Civil Veterinary Dept. Bombay admin report 1893-99 - 1893-1899
Year: 1893
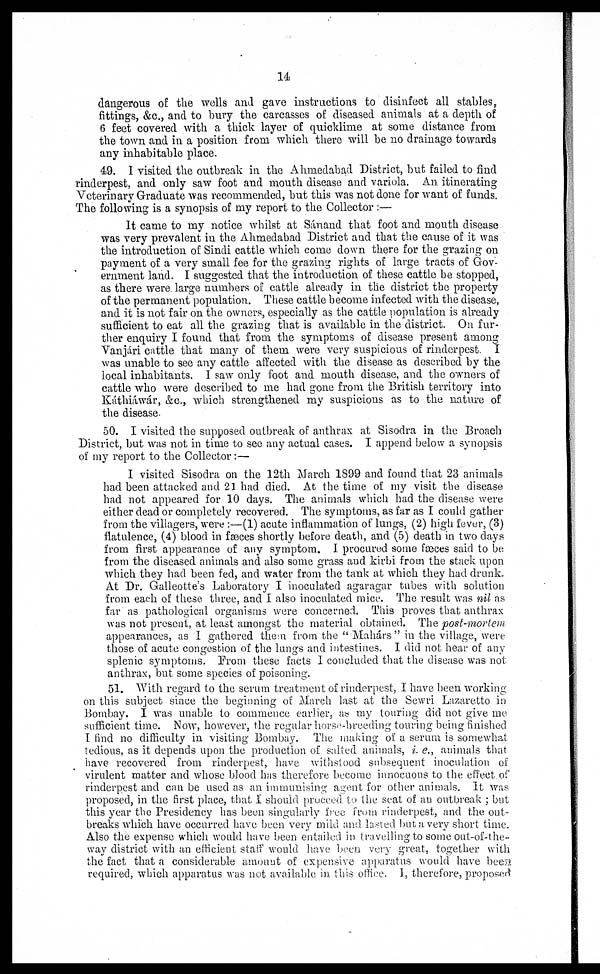
14
dangerous of the wells and gave instructions to disinfect all stables,
fittings, &c., and to bury the carcasses of diseased animals at a depth of
6 feet covered with a thick layer of quicklime at some distance from
the town and in a position from which there will be no drainage towards
any inhabitable place.
49. I visited the outbreak in the Ahmedabad District, but failed to find
rinderpest, and only saw foot and mouth disease and variola. An itinerating
Veterinary Graduate was recommended, but this was not done for want of funds.
The following is a synopsis of my report to the Collector :—
It came to my notice whilst at Sánand that foot and mouth disease
was very prevalent in the Ahmedabad District and that the cause of it was
the introduction of Sindi cattle which come down there for the grazing on
payment of a very small fee for the grazing rights of large tracts of Gov-
ernment land. I suggested that the introduction of these cattle be stopped,
as there were large numbers of cattle already in the district the property
of the permanent population. These cattle become infected with the disease,
and it is not fair on the owners, especially as the cattle population is already
sufficient to eat all the grazing that is available in the district. On fur-
ther enquiry I found that from the symptoms of disease present among
Vanjári cattle that many of them were very suspicious of rinderpest. I
was unable to see any cattle affected with the disease as described by the
local inhabitants. I saw only foot and mouth disease, and the owners of
cattle who were described to me had gone from the British territory into
Káthiáwár, &c., which strengthened my suspicious as to the nature of
the disease.
50. I visited the supposed outbreak of anthrax at Sisodra in the Broach
District, but was not in time to see any actual cases. I append below a synopsis
of my report to the Collector:—
I visited Sisodra on the 12th March 1899 and found that 23 animals
had been attacked and 21 had died. At the time of my visit the disease
had not appeared for 10 days. The animals which had the disease were
either dead or completely recovered. The symptoms, as far as I could gather
from the villagers, were :—(1) acute inflammation of lungs, (2) high fever, (3)
flatulence, (4) blood in fæces shortly before death, and (5) death in two days
from first appearance of any symptom. I procured some fæces said to be
from the diseased animals and also some grass and kirbi from the stack upon
which they had been fed, and water from the tank at which they had drunk.
At Dr. Galleotte's Laboratory I inoculated agaragar tubes with solution
from each of these three, and I also inoculated mice. The result was nil as
far as pathological organisms were concerned. This proves that anthrax
was not present, at least amongst the material obtained. The post-mortem
appearances, as I gathered them from the "Mahárs" in the village, were
those of acute congestion of the lungs and intestines. I did not hear of any
splenic symptoms. From these facts I concluded that the disease was not
anthrax, but some species of poisoning.
51. With regard to the serum treatment of rinderpest, I have been working
on this subject since the beginning of March last at the Sewri Lazaretto in
Bombay. I was unable to commence earlier, as my touring did not give me
sufficient time. Now, however, the regular horse-breeding touring being finished
I find no difficulty in visiting Bombay. The making of a serum is somewhat
tedious, as it depends upon the production of salted animals, i. e., animals that
have recovered from rinderpest, have withstood subsequent inoculation of
virulent matter and whose blood has therefore become innocuous to the effect of
rinderpest and can be used as an immunising agent for other animals. It was
proposed, in the first place, that I should proceed to the seat of an outbreak; but
this year the Presidency has been singularly free from rinderpest, and the out-
breaks which have occurred have been very mild and lasted but a very short time.
Also the expense which would have been entailed in travelling to some out-of-the-
way district with an efficient staff would have been very great, together with
the fact that a considerable amount of expensive apparatus would have been
required, which apparatus was not available in this office. I, therefore, proposed